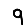
Digit: 9